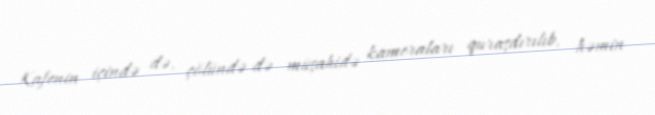
Kafenin içində də, çölündə də müşahidə kameraları quraşdırılıb, həmin